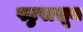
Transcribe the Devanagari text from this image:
पटुपासून